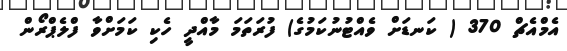
އެމްއެޗް 370 ( ކަނޑަށް ވެއްޓުނުކަމުގެ) ފުރަތަމަ މާއްދީ ހެކި ކަމަށްވާ ފްލެޕްރޯން